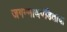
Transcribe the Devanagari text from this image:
जगन्‍नाथपंडिताचा